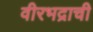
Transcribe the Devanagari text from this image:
वीरभद्राची